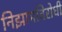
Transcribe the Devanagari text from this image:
निझामविरोधी